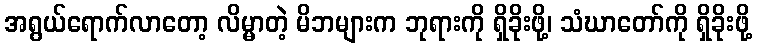
အရွယ်ရောက်လာတော့ လိမ္မာတဲ့ မိဘများက ဘုရားကို ရှိခိုးဖို့၊ သံဃာတော်ကို ရှိခိုးဖို့